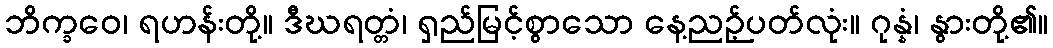
ဘိက္ခဝေ၊ ရဟန်းတို့။ ဒီဃရတ္တံ၊ ရှည်မြင့်စွာသော နေ့ညဉ့်ပတ်လုံး။ ဂုန္နံ၊ နွားတို့၏။